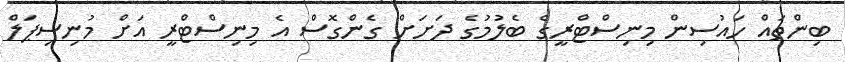
ބިންތައް ހައުސިން މިނިސްޓްރީގެ ބެލުމުގެ ދަށަށް ގެންގޮސް އެ މިނިސްޓްރީ އަށް މުނިސިޕަލް